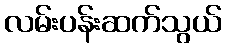
လမ်းပန်းဆက်သွယ်